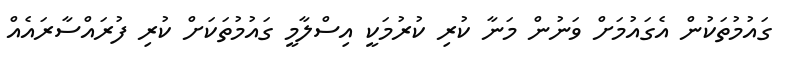
ގައުމުތަކުން އެގައުމަށް ވަނުން މަނާ ކުރި ކުރުމަކީ އިސްލާމީ ގައުމުތަކަށް ކުރި ފުރައްސާރައެއް